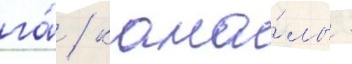
га́ / кана́лы -